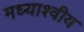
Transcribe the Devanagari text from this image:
मध्याश्वीय